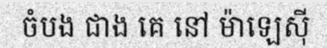
ចំបង ជាង គេ នៅ ម៉ាឡេស៊ី